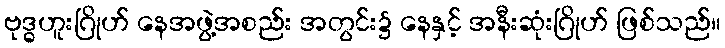
ဗုဒ္ဓဟူးဂြိုဟ် နေအဖွဲ့အစည်း အတွင်း၌ နေနှင့် အနီးဆုံးဂြိုဟ် ဖြစ်သည်။